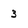
Character: 3